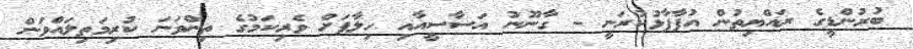
ބުރުންޑީގެ ރައްޔިތުން އުފާފާޅުކުރަނީ - ގާނޫނު އަސާސީއާއި ހިލާފަށް ވެރިކަމުގެ ތިންވަނަ ކުރިމަތިލައްވަން